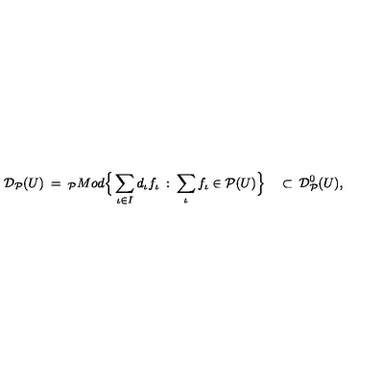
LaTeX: { \cal D } _ { \cal P } ( U ) \: = \: _ { \cal P } M o d \Big \{ \sum _ { \iota \in I } d _ { \iota } f _ { \iota } \: : \: \sum _ { \iota } f _ { \iota } \in { \cal P } ( U ) \Big \} \quad \subset \: { \cal D } _ { \cal P } ^ { 0 } ( U ) ,